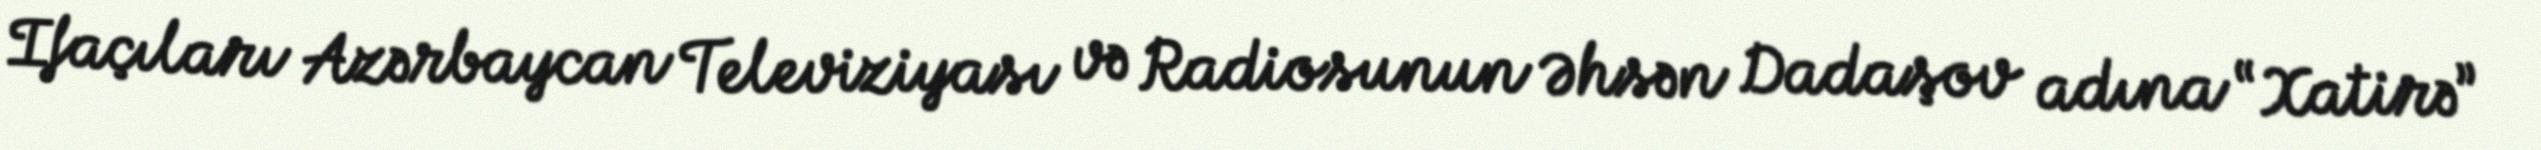
Ifaçıları Azərbaycan Televiziyası və Radiosunun Əhsən Dadaşov adına “Xatirə”